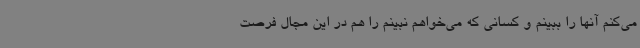
می‌کنم آنها را ببینم و کسانی که می‌خواهم نبینم را هم در این مجال فرصت